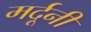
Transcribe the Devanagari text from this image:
मर्दूनी